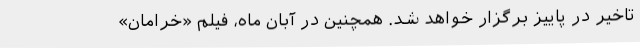
تاخیر در پاییز برگزار خواهد شد. همچنین در آبان ماه، فیلم «خرامان»